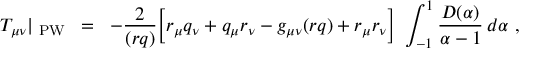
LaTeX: T _ { \mu \nu } | _ { \mathrm { \scriptsize ~ P W } } \; \; = \; \; - \frac { 2 } { ( r q ) } \biggl [ r _ { \mu } q _ { \nu } + q _ { \mu } r _ { \nu } - g _ { \mu \nu } ( r q ) + r _ { \mu } r _ { \nu } \biggr ] \; \int _ { - 1 } ^ { 1 } \frac { D ( \alpha ) } { \alpha - 1 } \, d \alpha \ ,